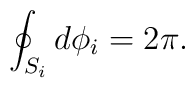
\oint_{S_{i}}{d\phi_{i}}=2\pi.